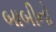
બાબીનો